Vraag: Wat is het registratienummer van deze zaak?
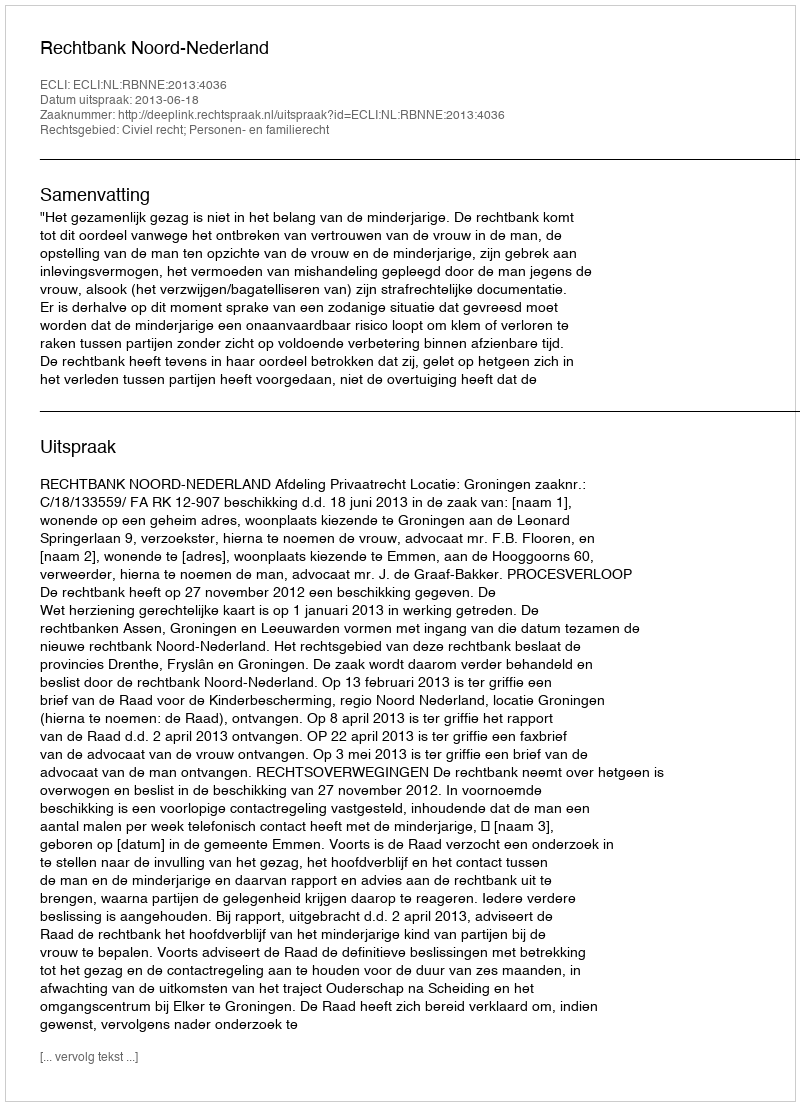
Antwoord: http://deeplink.rechtspraak.nl/uitspraak?id=ECLI:NL:RBNNE:2013:4036